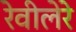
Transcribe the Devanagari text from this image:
रेवीलेरे